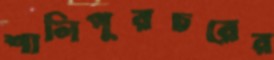
শালিপুরচরের